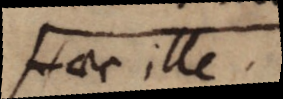
Haec ille.